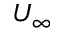
U _ { \infty }